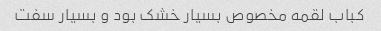
کباب لقمه مخصوص بسیار خشک بود و بسیار سفت